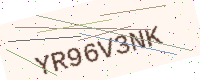
Text: YR96V3NK